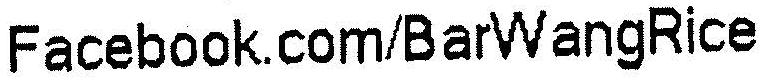
FACEBOOK.COM/BARWANGRICE